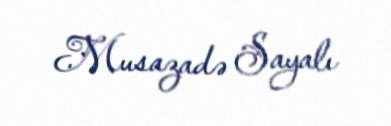
Musazadə Sayalı